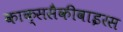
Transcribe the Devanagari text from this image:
काक्ससैकीवाइरस